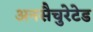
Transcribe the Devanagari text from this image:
अनसैचुरेटेड